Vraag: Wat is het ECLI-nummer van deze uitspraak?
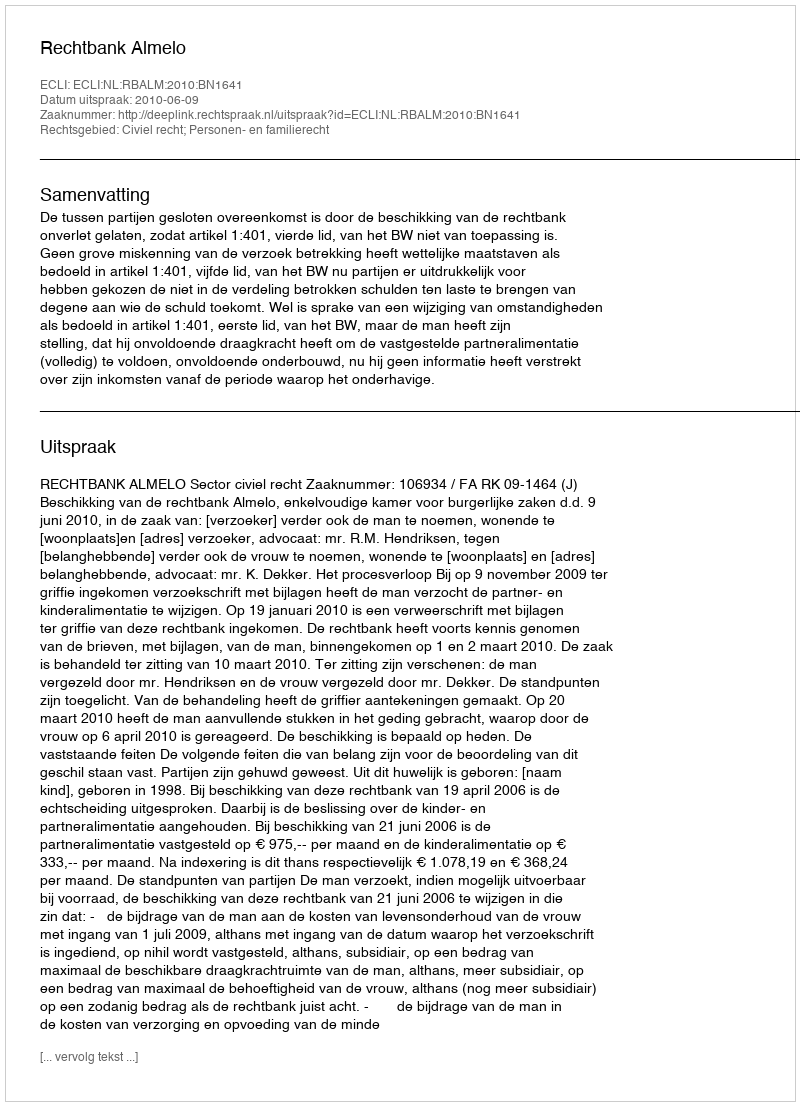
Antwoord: ECLI:NL:RBALM:2010:BN1641